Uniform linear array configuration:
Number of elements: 64
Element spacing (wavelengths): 1
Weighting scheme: exponential
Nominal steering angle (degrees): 45
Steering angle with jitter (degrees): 44.109
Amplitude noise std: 0.05
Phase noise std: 0.05

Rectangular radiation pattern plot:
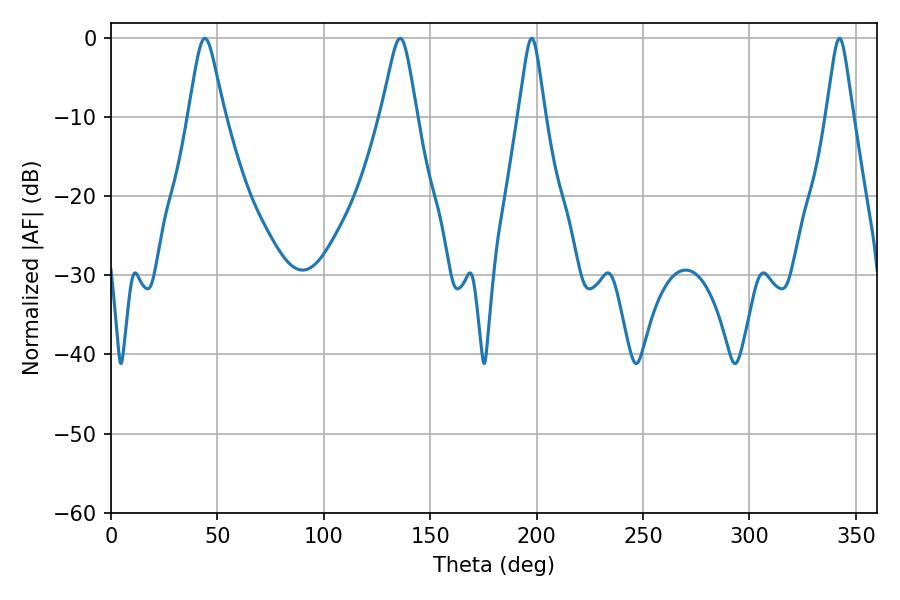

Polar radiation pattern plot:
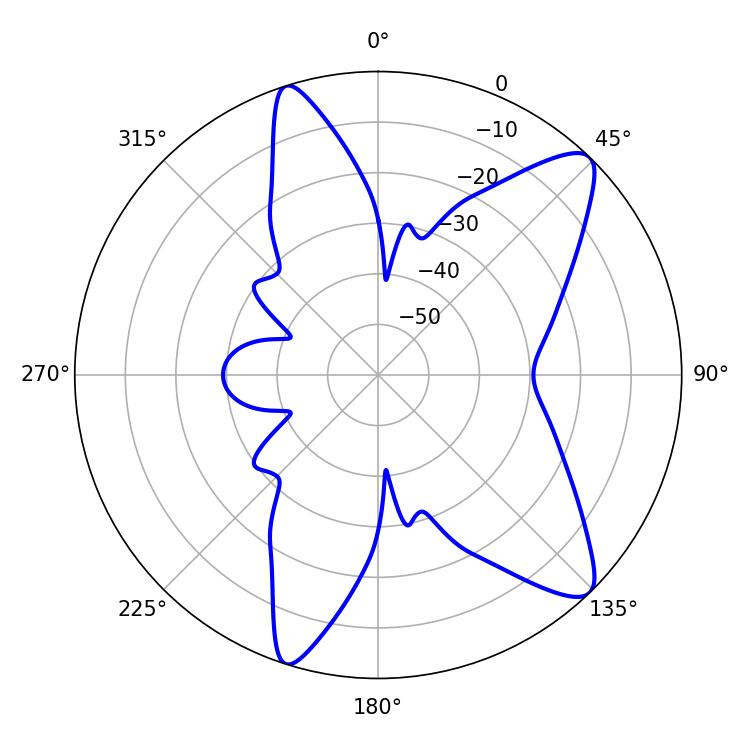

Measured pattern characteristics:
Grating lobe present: TRUE
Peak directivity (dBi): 10.842
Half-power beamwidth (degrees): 7.92
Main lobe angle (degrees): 44.1